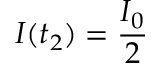
I ( t _ { 2 } ) = \frac { I _ { 0 } } { 2 }